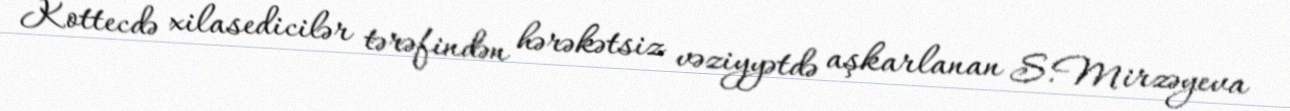
Kottecdə xilasedicilər tərəfindən hərəkətsiz vəziyyətdə aşkarlanan S.Mirzəyeva